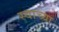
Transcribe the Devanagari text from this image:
स्वाच्या